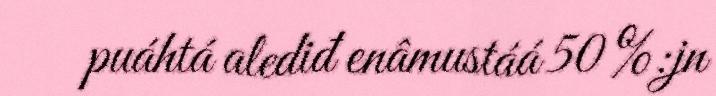
puáhtá alediđ enâmustáá 50 %:jn